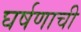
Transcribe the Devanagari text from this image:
घर्षणाची